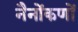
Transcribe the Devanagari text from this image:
नैनोंकणों